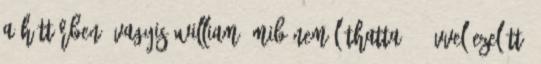
a háttérben, vagyis William MIB nem láthatta 30 évvel ezelőtt.